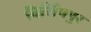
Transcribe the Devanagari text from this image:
विर्सिंगपुर